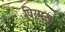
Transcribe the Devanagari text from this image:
पिरमुसा